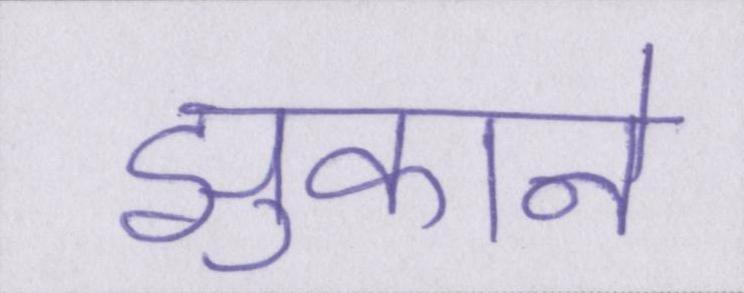
झुकाने